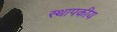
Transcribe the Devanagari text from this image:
स्थापकीय